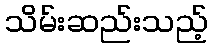
သိမ်းဆည်းသည့်